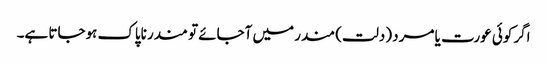
اگر کوئی عورت یا مرد (دلت) مندر میں آجائے تو مندر ناپاک ہوجاتا ہے۔